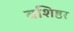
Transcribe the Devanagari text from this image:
वशिष्ठर